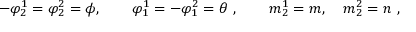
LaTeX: - \varphi _ { 2 } ^ { 1 } = \varphi _ { 2 } ^ { 2 } = \phi , \qquad \varphi _ { 1 } ^ { 1 } = - \varphi _ { 1 } ^ { 2 } = \theta ~ , \qquad m _ { 2 } ^ { 1 } = m , \quad m _ { 2 } ^ { 2 } = n ~ ,